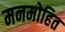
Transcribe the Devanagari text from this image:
मनमोहित